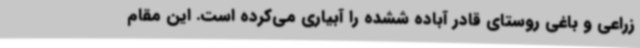
زراعی و باغی روستای قادر آباده ششده را آبیاری می‌کرده است. این مقام